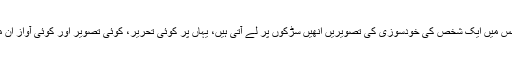
مجھے تیونس کا انقلاب یاد آ رہا ہے، جس میں ایک شخص کی خودسوزی کی تصویریں انھیں سڑکوں پر لے آتی ہیں، یہاں پر کوئی تحریر، کوئی تصویر اور کوئی آواز اِن مردوں کو اٹھانے کے لئے کام نہیں آتی۔